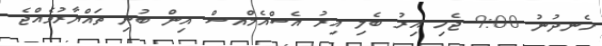
ހެނދުނު 9:00 ޖެހި އިރު ބެލި އިރު އެސްއެމްއސް އިން ބުނި ތައްޔާރުވެއްޖެ